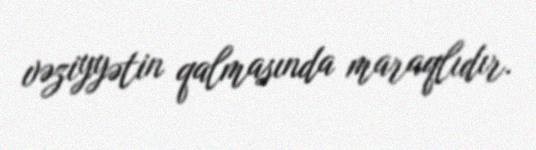
vəziyyətin qalmasında maraqlıdır.